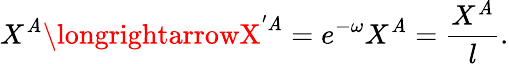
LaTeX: X^{\mathit{A}}\longrightarrowX^{'{\mathit{A}}}=e^{-\omega}X^{\mathit{A}}=\frac{{X^{\mathit{A}}}}{{l}}.